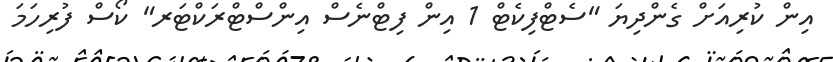
އިން ކުރިއަށް ގެންދިޔަ "ސެޓްފިކެޓް 1 އިން ފިޓްނެސް އިންސްޓްރަކްޓަރ" ކޯސް ފުރިހަމަ